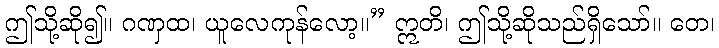
ဤသို့ဆို၍။ ဂဏှထ၊ ယူလေကုန်လော့။” ဣတိ၊ ဤသို့ဆိုသည်ရှိသော်။ တေ၊